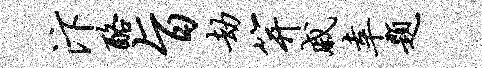
汴酪旨劫笄戚幸题